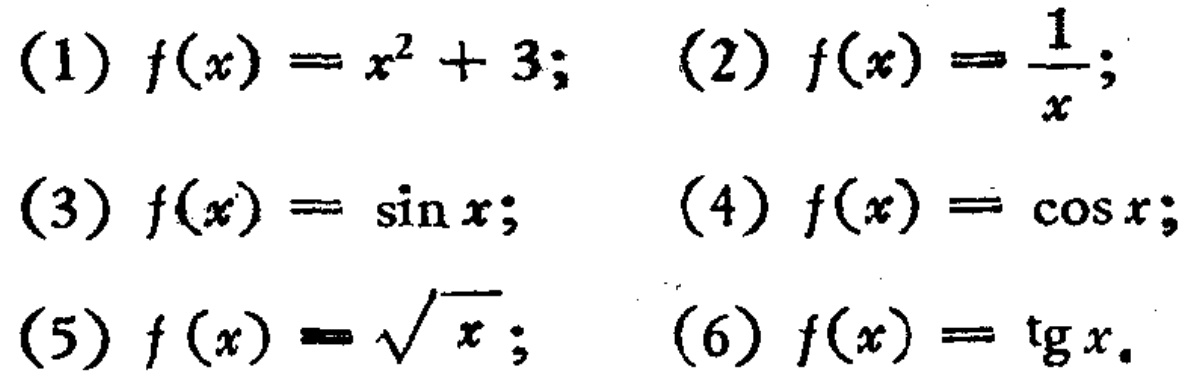
(1) \(f(x)=x^{2}+3\); (2) \(f(x)=\frac{1}{x}\);
(3) \(f(x)=\sin x\); (4) \(f(x)=\cos x\);
(5) \(f(x)=\sqrt{x}\); (6) \(f(x)=\text{tg}x\).